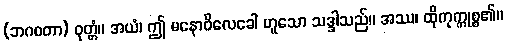
(ဘဂဝတာ) ဝုတ္တံ။ အယံ၊ ဤ မနောဝိလေခေါ ဟူသော သဒ္ဒါသည်။ အဿ၊ ထိုကုက္ကုစ္စ၏။